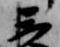
三